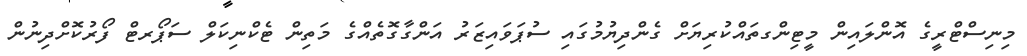
މިނިސްޓްރީގެ އޮންލައިން މީޓިންގތައްކުރިޔަށް ގެންދިޔުމުގައި ސުޕަވައިޒަރު އަންގާގޮތެއްގެ މަތިން ޓެކްނިކަލް ސަޕޯރޓް ފޯރުކޮށްދިނުން